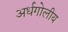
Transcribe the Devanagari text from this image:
अर्धगोलीय